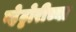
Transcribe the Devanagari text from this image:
व्हेट्टोरीच्या